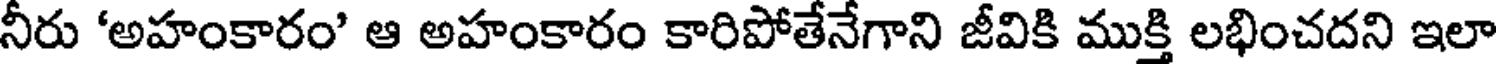
నీరు 'అహంకారం' ఆ అహంకారం కారిపోతేనేగాని జీవికి ముక్తి లభించదని ఇలా